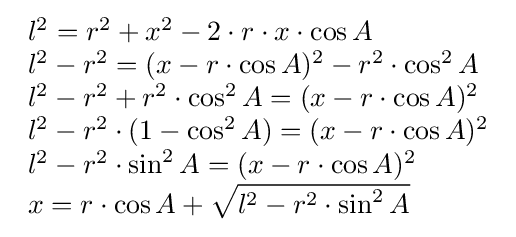
{\begin{array}{lcl}l^{2}=r^{2}+x^{2}-2\cdot r\cdot x\cdot \cos A\\l^{2}-r^{2}=(x-r\cdot \cos A)^{2}-r^{2}\cdot \cos ^{2}A\\l^{2}-r^{2}+r^{2}\cdot \cos ^{2}A=(x-r\cdot \cos A)^{2}\\l^{2}-r^{2}\cdot (1-\cos ^{2}A)=(x-r\cdot \cos A)^{2}\\l^{2}-r^{2}\cdot \sin ^{2}A=(x-r\cdot \cos A)^{2}\\x=r\cdot \cos A+{\sqrt {l^{2}-r^{2}\cdot \sin ^{2}A}}\\\end{array}}